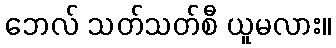
ဘေလ် သတ်သတ်စီ ယူမလား။